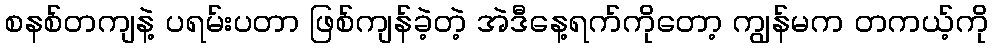
စနစ်တကျနဲ့ ပရမ်းပတာ ဖြစ်ကျန်ခဲ့တဲ့ အဲဒီနေ့ရက်ကိုတော့ ကျွန်မက တကယ့်ကို